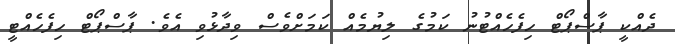
ދެއްކީ ޕާސްޕޯޓް ހިފެހެއްޓުނު ކަމުގެ ލިޔުމެއް ކަމަަށްވެސް ވިދާޅުވި އެވެ. ޕާސްޕޯޓް ހިފެހެއްޓީ